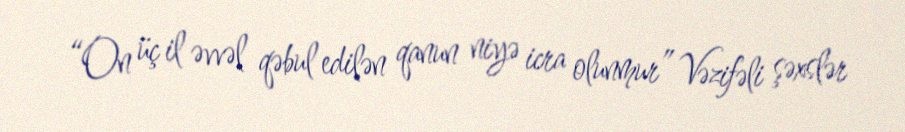
“On üç il əvvəl qəbul edilən qanun niyə icra olunmur” Vəzifəli şəxslər